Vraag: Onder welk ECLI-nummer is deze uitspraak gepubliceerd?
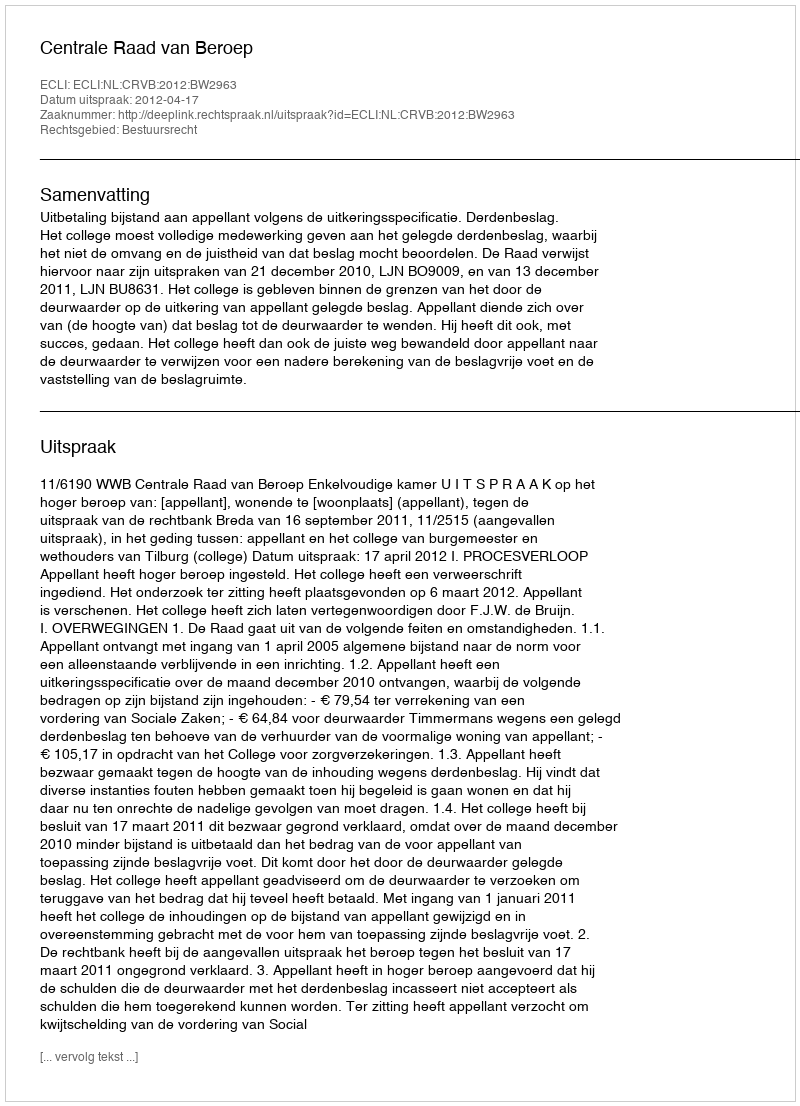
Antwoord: ECLI:NL:CRVB:2012:BW2963